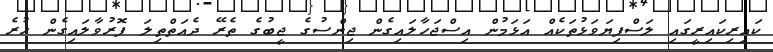
ކައިރިކައިރީގައި ލަސްފިޔަވަޅުތަކެއް އަޅަމުން އިސްޖަހާލައިގެން ޖިންސުގެ ޖީބުގެ ތެރޭ ދެއަތްތިލަ ފޮރުވާލައިގެން ހުރެ